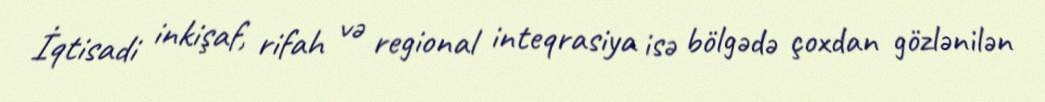
İqtisadi inkişaf, rifah və regional inteqrasiya isə bölgədə çoxdan gözlənilən